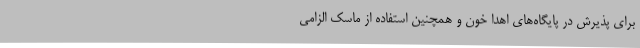
برای پذیرش در پایگاه‌های اهدا خون و همچنین استفاده از ماسک الزامی